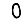
Digit: 0